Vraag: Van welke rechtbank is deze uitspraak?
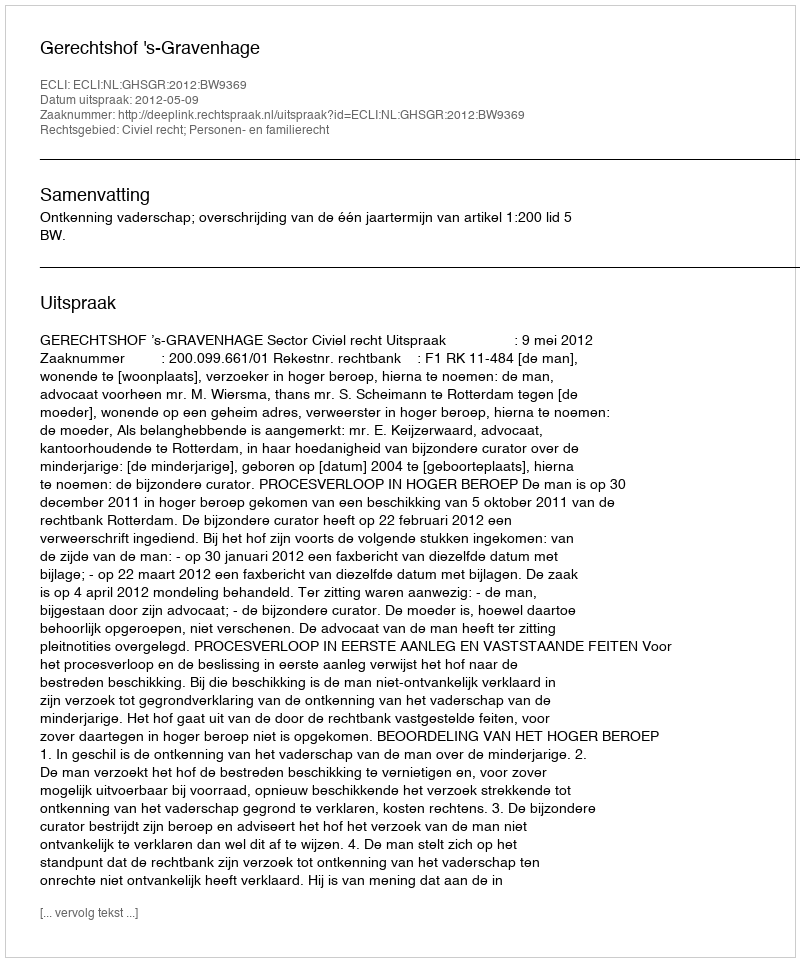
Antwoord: Gerechtshof 's-Gravenhage